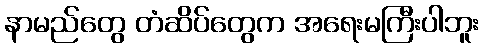
နာမည်တွေ တံဆိပ်တွေက အရေးမကြီးပါဘူး